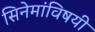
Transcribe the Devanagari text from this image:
सिनेमांविषयी